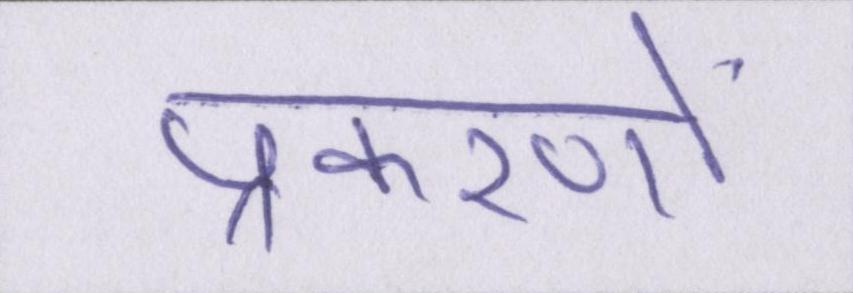
प्रकरणों